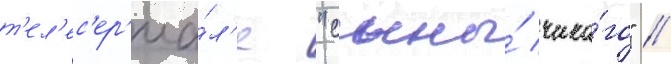
т'ел'ес'ер'иа́л'е "сыны́ чика́го" //